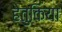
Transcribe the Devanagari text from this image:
हेतुकिया